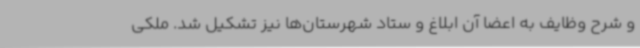
و شرح وظایف به اعضا آن ابلاغ و ستاد شهرستان‌ها نیز تشکیل شد. ملکی